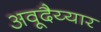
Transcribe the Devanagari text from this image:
अवूदैय्यार